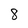
Character: 8